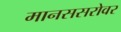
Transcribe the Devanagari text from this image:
मानससरोवर